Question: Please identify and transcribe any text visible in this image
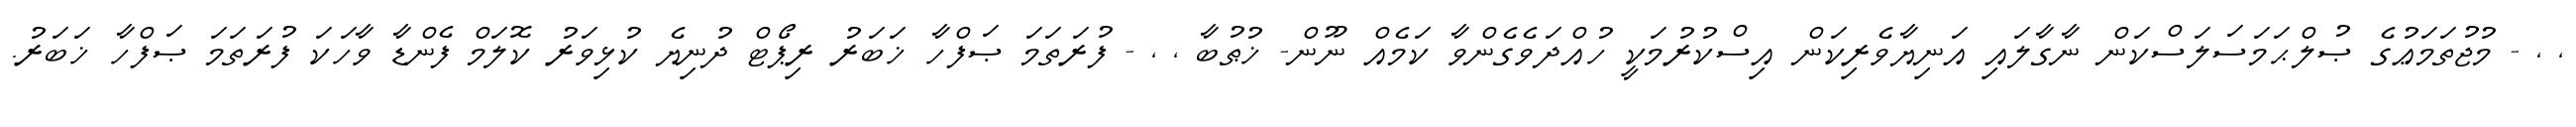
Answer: , , - މުޖުތަމަޢުގެ ޞުލްޙަމަސަލަސްކަން ނާގާލައި އަނިޔާވެރިކަން އިސްކުރުމަކީ ހުއްދަވެގެންވާ ކަމެއް ނޫން- ޚުޠުބާ , , - ފުރަތަމަ ޞަފްހާ ޚަބަރު ރިޕޯޓް ދުނިޔެ ކުޅިވަރު ކޮލަމް ފެންޑާ ވާހަކަ ފުރަތަމަ ޞަފްހާ ޚަބަރު.